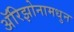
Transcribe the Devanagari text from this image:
अॅरिझोनामधुन